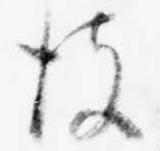
彼